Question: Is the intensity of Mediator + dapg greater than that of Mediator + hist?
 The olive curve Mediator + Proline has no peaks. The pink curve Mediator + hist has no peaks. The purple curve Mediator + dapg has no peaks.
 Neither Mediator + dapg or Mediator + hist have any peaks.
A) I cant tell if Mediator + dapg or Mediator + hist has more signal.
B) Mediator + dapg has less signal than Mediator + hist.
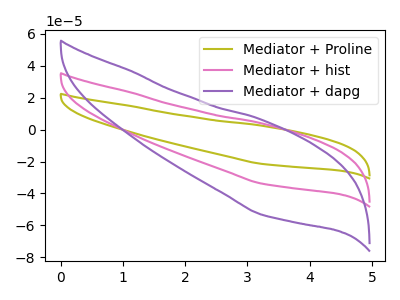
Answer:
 <answer>A) I cant tell if "Mediator + dapg" or "Mediator + hist" has more signal.</answer>
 <eval>A</eval>